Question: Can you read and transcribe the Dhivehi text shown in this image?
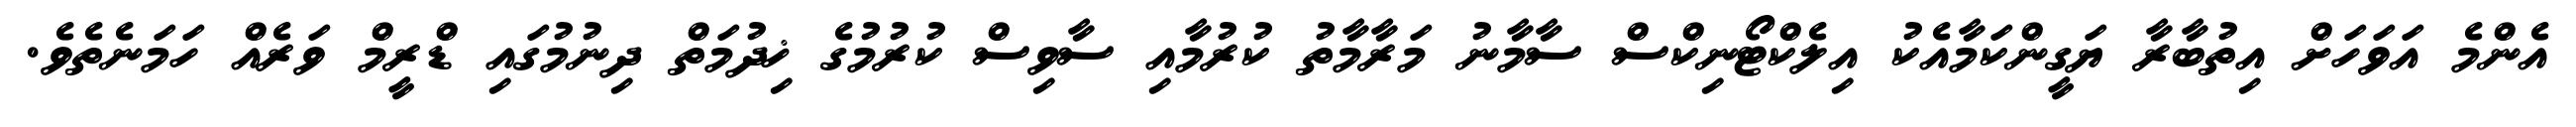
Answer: އެންމެ އަވަހަށް އިތުބާރާ ޔަގީންކަމާއެކު އިލެކްޓޯނިކްސް ސާމާނު މަރާމާތު ކުރުމާއި ސާވިސް ކުރުމުގެ ޚިދުމަތް ދިނުމުގައި ޑްރީމް ވަރެއް ހަމަނެތެވެ.